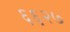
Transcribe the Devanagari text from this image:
६६२७